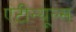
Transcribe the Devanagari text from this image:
एंटीन्यूल्स